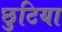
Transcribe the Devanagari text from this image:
छुटिया